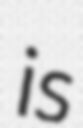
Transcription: is